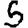
Digit: 5